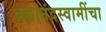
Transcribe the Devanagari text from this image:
ब्रह्मानंदस्वामींचा